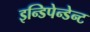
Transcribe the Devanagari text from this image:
इन्डिपेन्डेन्ट